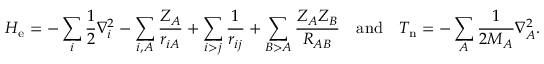
H _ { \mathrm { e } } = - \sum _ { i } { { \frac { 1 } { 2 } } \nabla _ { i } ^ { 2 } } - \sum _ { i , A } { \frac { Z _ { A } } { r _ { i A } } } + \sum _ { i > j } { \frac { 1 } { r _ { i j } } } + \sum _ { B > A } { \frac { Z _ { A } Z _ { B } } { R _ { A B } } } \quad { \mathrm { a n d } } \quad T _ { \mathrm { n } } = - \sum _ { A } { { \frac { 1 } { 2 M _ { A } } } \nabla _ { A } ^ { 2 } } .